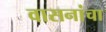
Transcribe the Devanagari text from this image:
वासनांचा